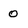
Character: 0